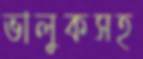
ভালুকসহ